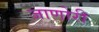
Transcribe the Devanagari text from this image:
जाणोरी